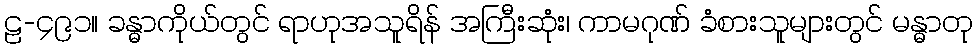
ဠ-၄၉၁။ ခန္ဓာကိုယ်တွင် ရာဟုအသူရိန် အကြီးဆုံး၊ ကာမဂုဏ် ခံစားသူများတွင် မန္ဓာတု